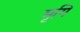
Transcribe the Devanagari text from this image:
मृगि